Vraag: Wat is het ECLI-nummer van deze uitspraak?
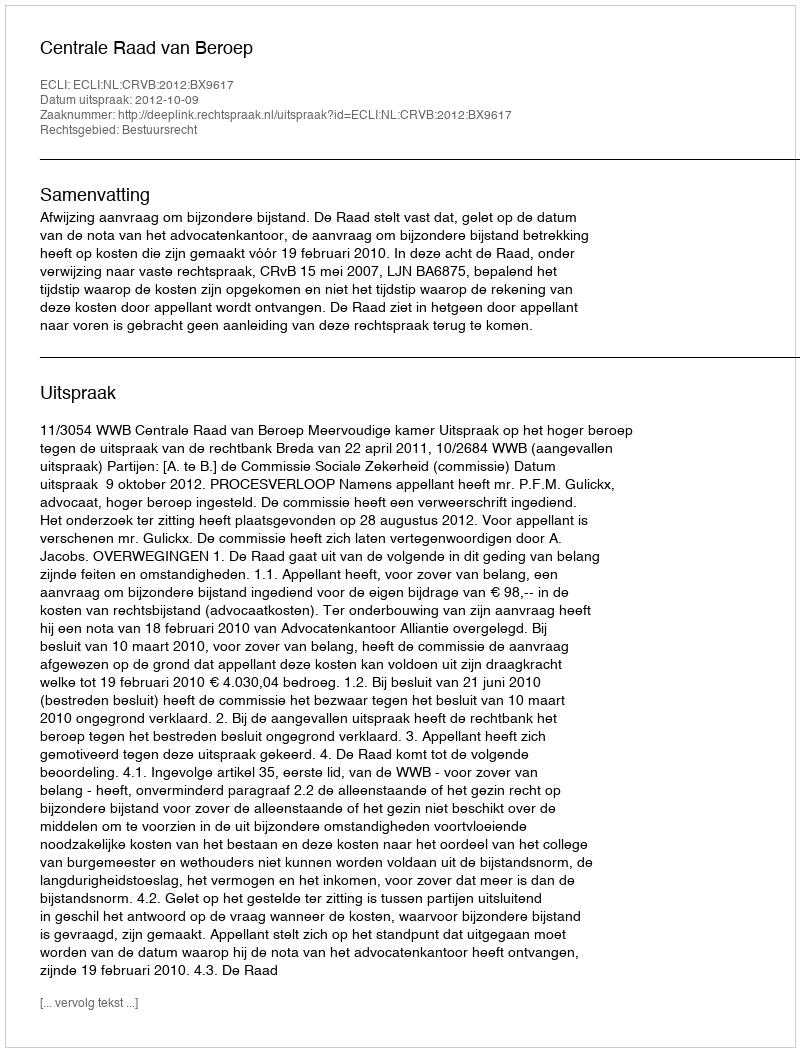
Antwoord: ECLI:NL:CRVB:2012:BX9617